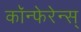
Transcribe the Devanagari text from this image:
कॉन्फेरेन्स्